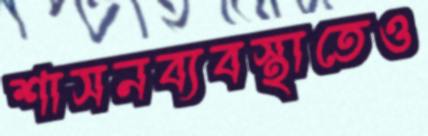
শাসনব্যবস্থাতেও